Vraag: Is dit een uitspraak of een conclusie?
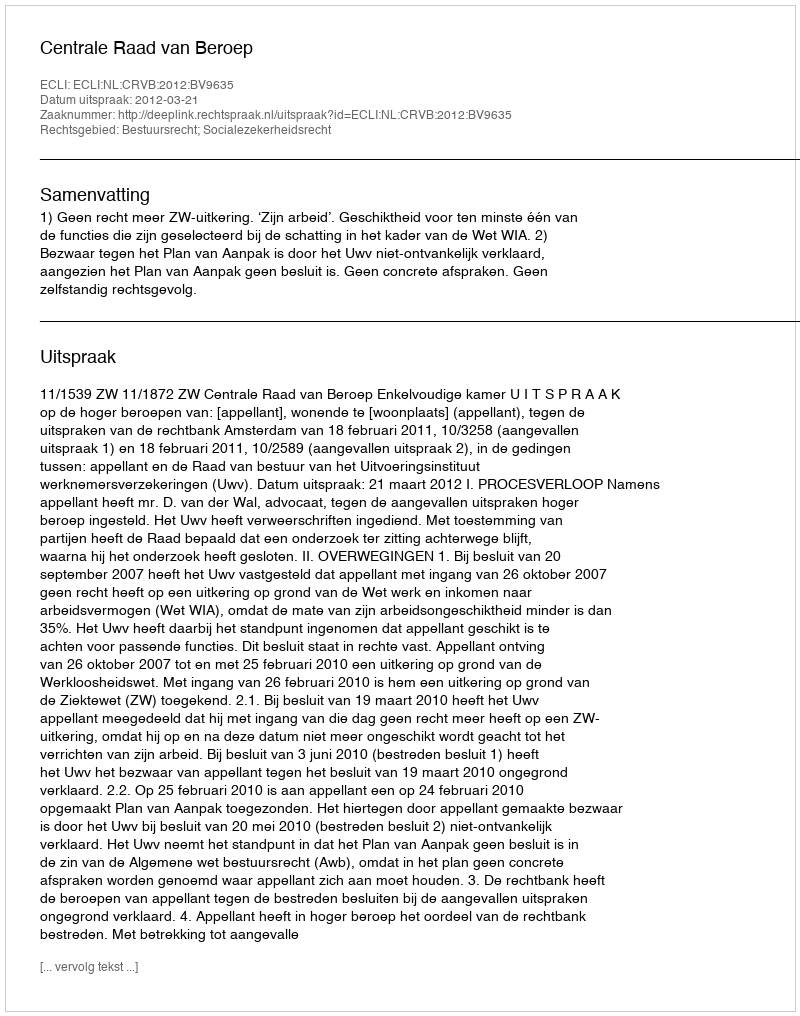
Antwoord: Uitspraak